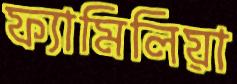
ফ্যামিলিয়া